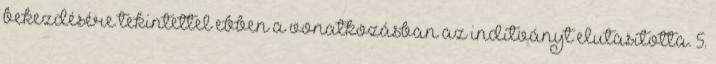
bekezdésére tekintettel ebben a vonatkozásban az indítványt elutasította. 5.